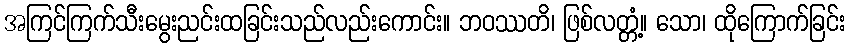
အကြင်ကြက်သီးမွေးညင်းထခြင်းသည်လည်းကောင်း။ ဘဝဿတိ၊ ဖြစ်လတ္တံ့။ သော၊ ထိုကြောက်ခြင်း